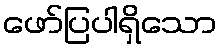
ဖော်ပြပါရှိသော